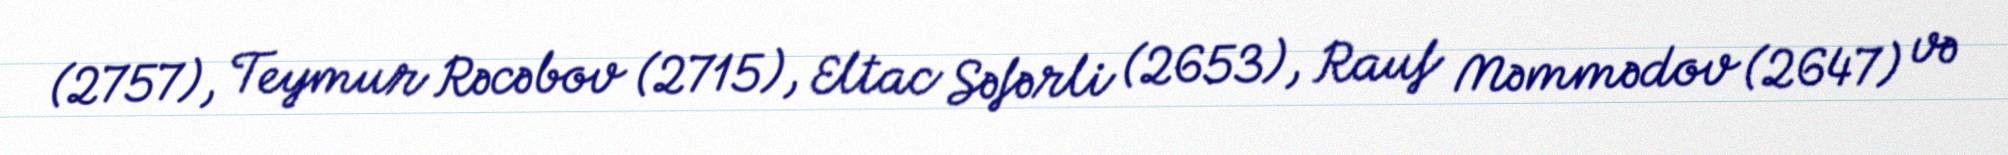
(2757), Teymur Rəcəbov (2715), Eltac Səfərli (2653), Rauf Məmmədov (2647) və